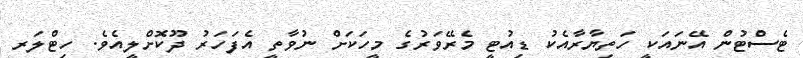
ޓެސްޓުން އޭނައަކީ ހަތިޔާރާއެކު ޑިއުޓީ މެރޭވަރުގެ މީހަކަށް ނުވާތީ އެފަހަރު ދޫކޮށްލީއެވެ. ހިޓްލަރ